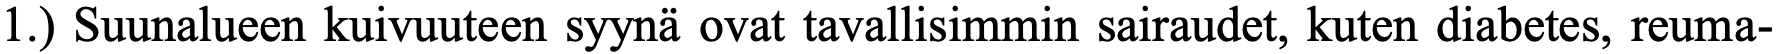
1.) Suunalueen kuivuuteen syynä ovat tavallisimmin sairaudet, kuten diabetes, reuma-